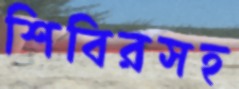
শিবিরসহ